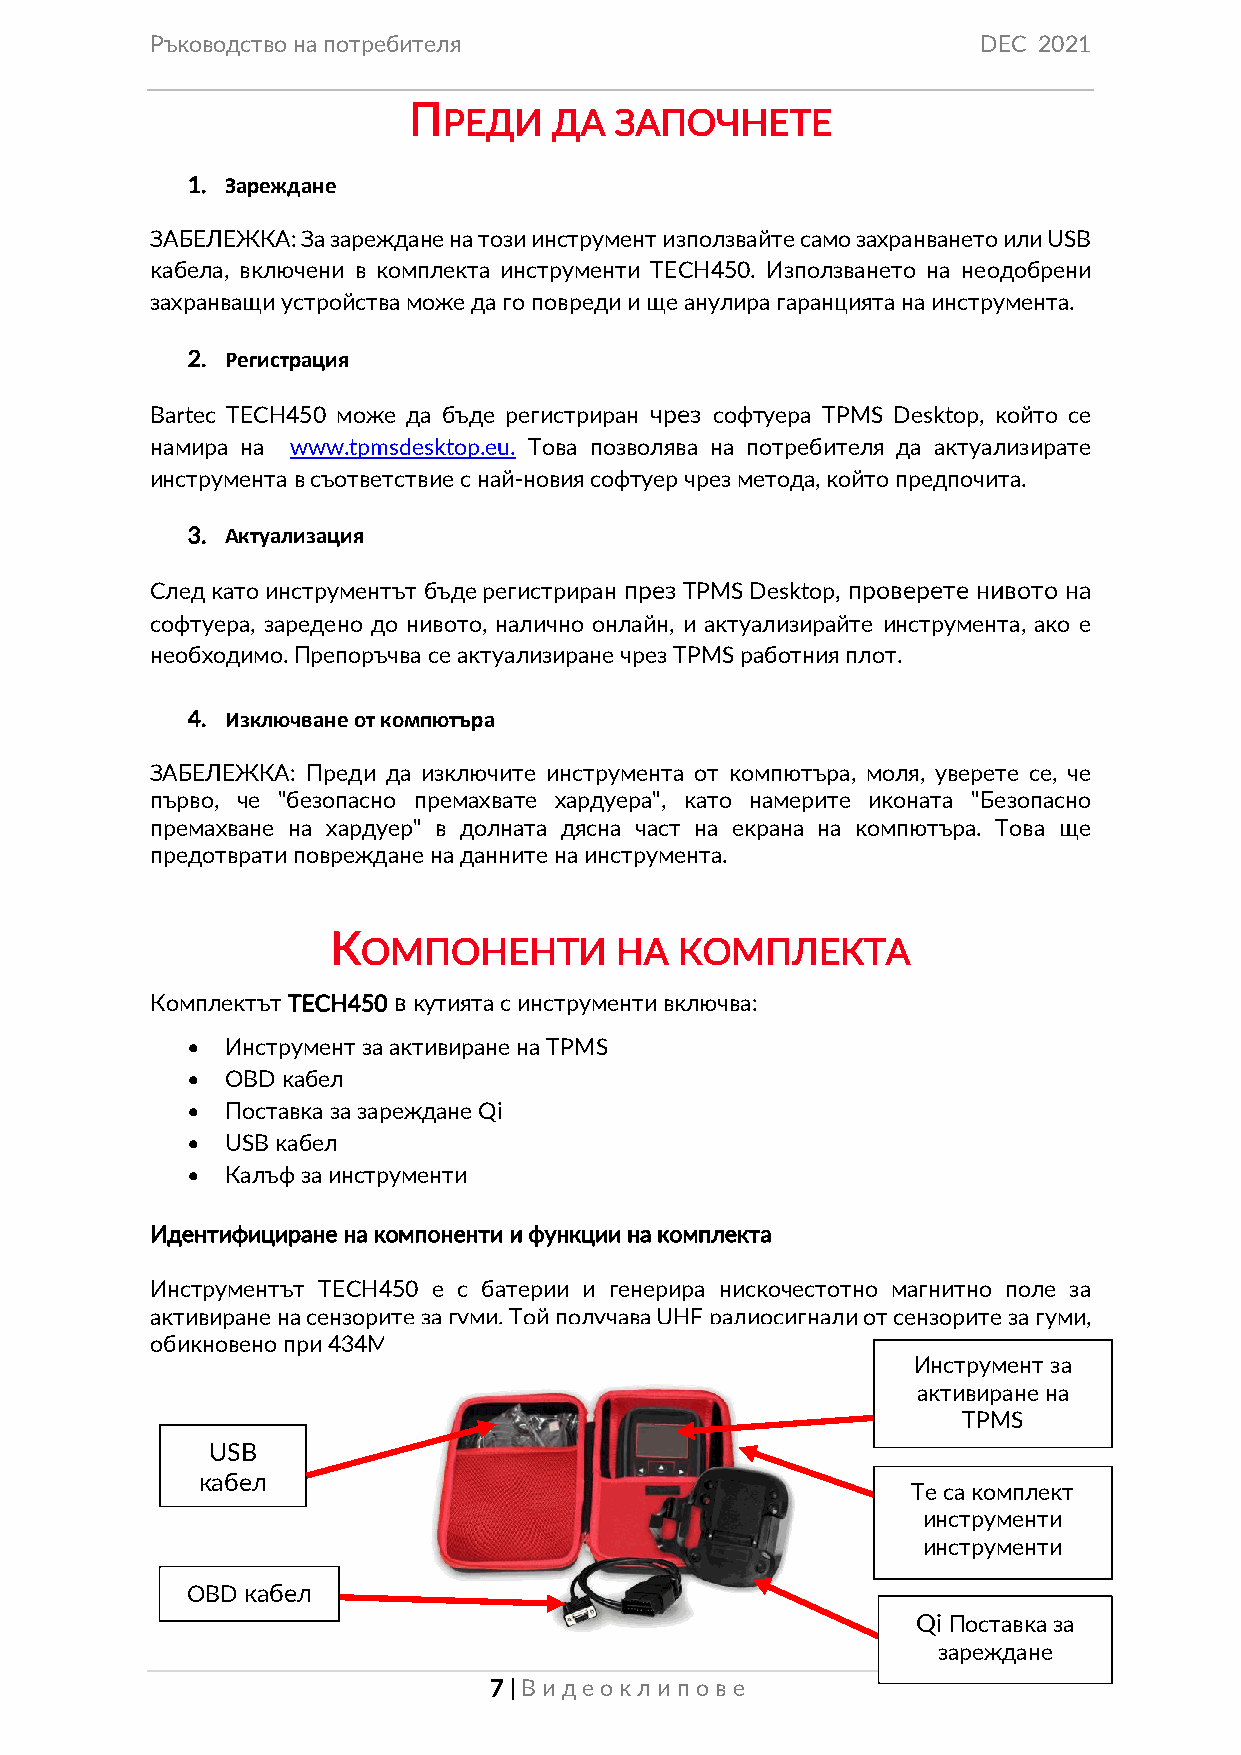
Ръководство на потребителя                             DEC 2021
 П
 РЕДИ    ДА  ЗАПОЧНЕТЕ
 1. Зареждане
 ЗАБЕЛЕЖКА: За зареждане на този инструмент използвайте само захранването или USB
 кабела, включени в комплекта инструменти TECH450. Използването на неодобрени
 захранващи устройства може да го повреди и ще анулира гаранцията на инструмента.
 2. Регистрация
 Bartec TECH450 може да бъде регистриран чрез софтуера TPMS Desktop, който се
 намира на www.tpmsdesktop.eu. Това позволява на потребителя да актуализирате
 инструмента в съответствие с най-новия софтуер чрез метода, който предпочита.
 3. Актуализация
 След като инструментът бъде регистриран през TPMS Desktop, проверете нивото на
 софтуера, заредено до нивото, налично онлайн, и актуализирайте инструмента, ако е
 необходимо. Препоръчва се актуализиране чрез TPMS работния плот.
 4. Изключване от компютъра
 ЗАБЕЛЕЖКА: Преди да изключите инструмента от компютъра, моля, уверете се, че
 първо, че "безопасно премахвате хардуера", като намерите иконата "Безопасно
 премахване на хардуер" в долната дясна част на екрана на компютъра. Това ще
 предотврати повреждане на данните на инструмента.
 К
 ОМПОНЕНТИ        НА  КОМПЛЕКТА
 Комплектът TECH450 в кутията с инструменти включва:
 •  Инструмент за активиране на TPMS
 •  OBD кабел
 •  Поставка за зареждане Qi
 •  USB кабел
 •  Калъф за инструменти
 Идентифициране на компоненти и функции на комплекта
 Инструментът TECH450 е с батерии и генерира нискочестотно магнитно поле за
 активиране на сензорите за гуми. Той получава UHF радиосигнали от сензорите за гуми,
 обикновено при 434MHz.
 Инструмент за
 активиране на
 TPMS
 USB
 кабел
 Те са комплект
 инструменти
 инструменти
 OBD кабел
 Qi Поставка за
 зареждане
 7 | Виде окл ип ове